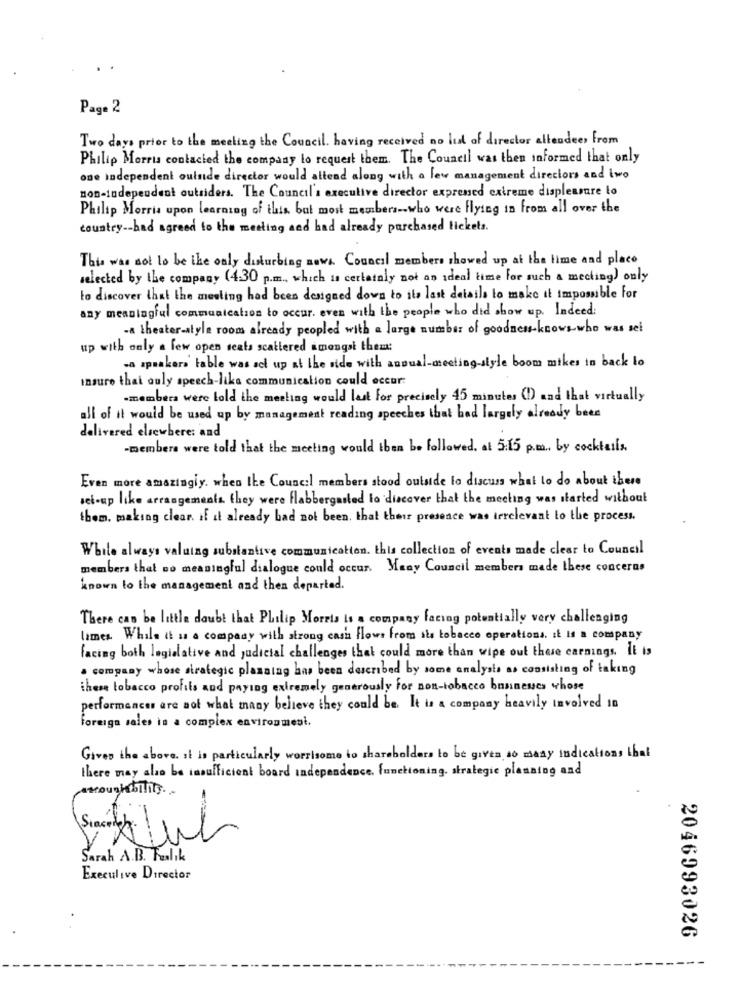
Pag. 2
Two days prior to the meeting the Council. having received no list of director attendees from
Philip Morris contacted the company to request them. The Council was then informed that only
one independent outside director would attend along with a few management directors and two
non-tadependent outsiders. The Council's executive director exprened extreme displeasure to
Philip Morris upon learning of this but most members .. who were flying in from all over the
country -- had agreed to the meeting and had already parchased tickets.
This was not to be the only disturbing nown. Council members showed up at the time and place
selected by the company (4:30 p.m ., which is certainly not an ideal time for such a meeting) only
to discover that the meeting had been designed down to its last details to make it impossible for
any meaningful communication to occur. even with the people who did show up. Indeed:
- theater-style room already peopled with a large number of goodness-knows who was sel
up with only a few open seats scattered amongst them:
-a speakers' table was act up at the side with annual-meeting-style boom mikes to back to
insure thai ouly speech-like communication could occur:
-members were told the meeting would last for precisely 45 minutes (1) and that virtually
all of it would be used up by management reading speeches that bad largely already been
delivered elsewhere: and
-members were told that the meeting would then be followed. at 5:15 p.m ., by cocktails.
Even more amazingly. when the Council members stood outside to discuss what to do about there
set-up like arrangements they were flabbergasted to discover that the meeting was started without
them, making clear. if it already bad not been, that their presence was terelevant to the process.
While always valuing substantive communication. this collection of events made clear to Council
members that no meaningful dialogue could occur. Many Council members made these concerns
known to the management and then departed.
There can be little doubt that Philip Morris is a company facing potentially very challenging
lames While th as a company with strong cash flows from its tobacco operations. it Is a company
facing both legislative and judicial challenges that could more than wipe out these earnings. It is
a company whose strategic planning has been described by some analysts as consisting of taking
there tobacco profils and paying extremely generously for non-tobacco banneues whose
performances are not what many believe they could be. It is a company heavily involved in
Foreign sales in a complex environment.
Gives the above. it is particularly worrisome to shareholders to be given so many indications that
there may also be insufficient board independence. functioning. strategic planning and
amcoughbilly. .
Sarah A.B. Fualık
Executive Director
2046993026